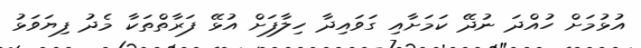
އުޅުމަށް ހުއްދަ ނުދޭ ކަމަށާއި ގަވައިދާ ހިލާފަށް އުޅޭ ފަރާތްތަކާ މެދު ފިޔަވަޅު